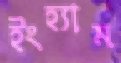
ইংহ্যাম